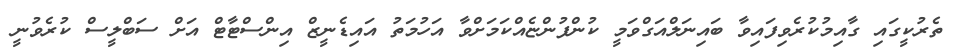
ތެރުކީގައި ގާއިމުކުރެވިފައިވާ ބައިނަލްއަގްވަމީ ކުންފުންޏެއްކަމަށްވާ އަހުމަތު އައިޑެނީޒް އިންސްޓާޓް އަށް ސަބްލީސް ކުރެވުނީ